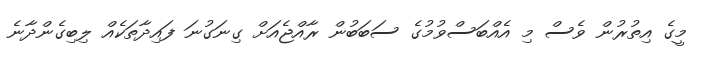
މީގެ އިތުރުން ވެސް މި އެއްބަސްވުމުގެ ސަބަބުން ރާއްޖެއަށް ގިނަގުނަ ފައިދާތަކެއް ލިބިގެންދާނެ